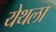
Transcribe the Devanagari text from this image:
येथला